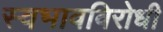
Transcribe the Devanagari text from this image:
स्वभावविरोधी